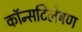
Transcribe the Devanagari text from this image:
कॉन्सटिलेषण